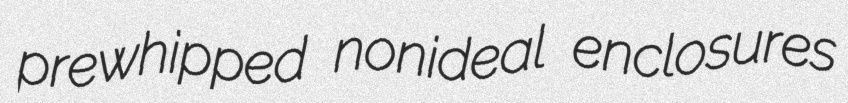
prewhipped nonideal enclosures